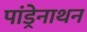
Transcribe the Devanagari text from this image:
पांड्रेनाथन